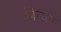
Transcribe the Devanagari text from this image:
पिन्चन